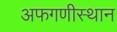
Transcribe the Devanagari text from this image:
अफगणीस्थान